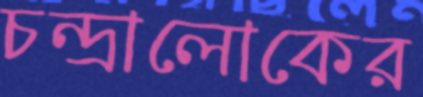
চন্দ্রালোকের